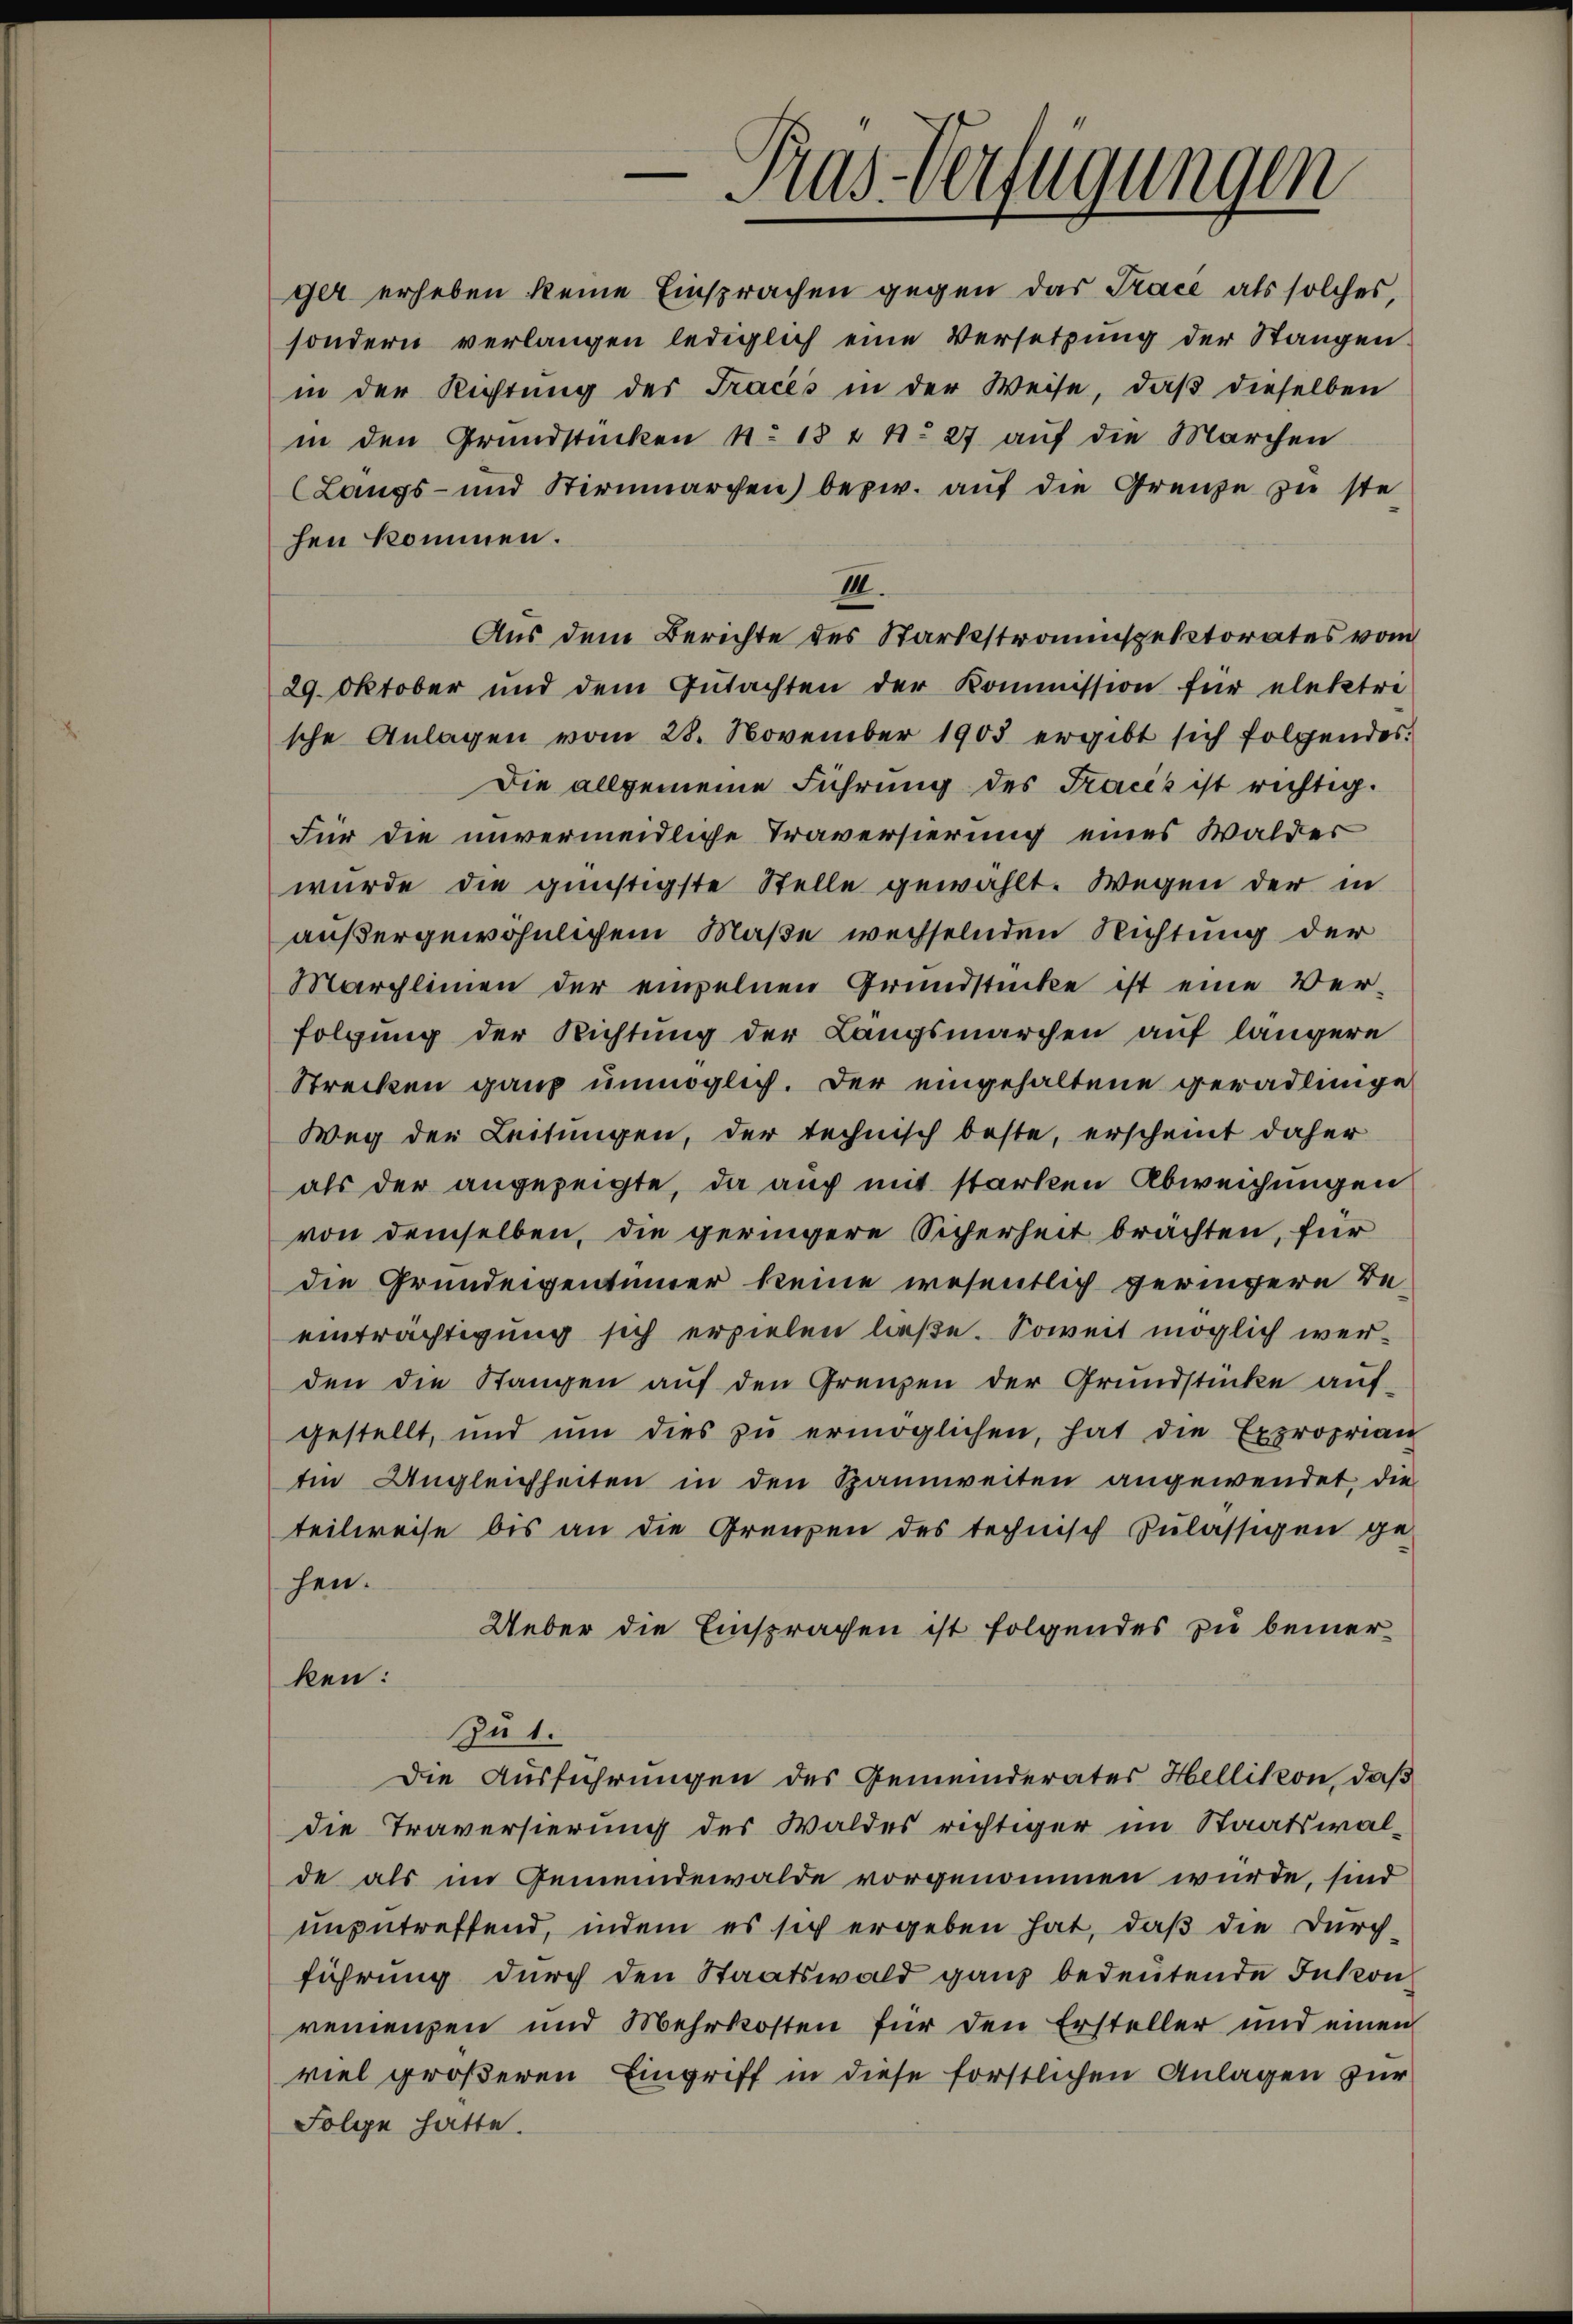
hen kommen.

e
Pras-Verfügungen

ger erheben keine Einsprachen gegen das Trace als solches,
sondern verlangen lediglich eine Versetzung der Stangen
in der Richtŭng der Tracés in der Weise, daβ dieselben
in den Grundstücken No. 18 t N. 27 auf die Marchen
(Langs- und Stirnmarchen) bezw. aŭf die Grenze zu ste
III.
Aus dem Berichte des Starkestramspektorates vom
29. Oktober und dem Gŭtachten der Kommission für elektri
sche Anlagen vom 28. November 1903 ergibt sich folgendes.
Die allgemeine Führung des Fracis ist richtig.
Für die unvermeidliche Traversierung eines Walder
wurde die günstigste Stelle gewählt. Wegen der in
außergewöhnlichem Maße wechselnden Richtung der
Marchlinien der empelnen Grundstücke ist eine Ver-
folgung der Richtung der Längsmarchen auf längere
Strecken ganz unmöglich. Der eingehaltene geradlinge
Weg der Leitungen, der technisch beste, erscheint daher
als der angezeigte, da auch mit starken Abweichungen
von demselben, die geringere Sicherheit brachten, für
die Grundeigentümer keine wesentlich geringere Be-
einträchtigung sich erzielen ließe. Soweit möglich werden die Stangen auf den Grenzen der Grundstücke aufgestellt, und ŭm dies zŭ ermöglichen, hat die Exproprian
Ein Ungleichheiten in den Spannweiten angewendet, die
teilweise bis an die Grenzen des technisch zulässigen ge-
hen.
Ueber die Einsprachen ist folgendes zu bemerken:
Zu 1.
Die Ausführungen des Gemeinderates Hellikon, daß
die Traversierung des Waldes richtiger im Staatswal-
de als im Gemeindewalde vorgenommen wurde, sind
ungetreffend, indem es sich ergeben hat, daß die Durch-
führung durch den Staatswald ganz bedeutende Inkon
reinenzen und Mehrkosten für den Ersteller und einen
viel größeren Eingriff in diese förstlichen Anlagen zur
Folge hatte.